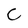
Character: C